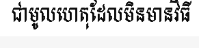
ជាមូលហេតុដែលមិនមានវិធី